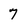
Character: 7